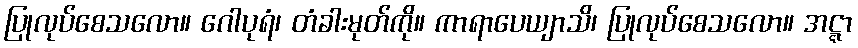
ပြုလုပ်စေသလော။ ဂေါပုရံ၊ တံခါးမုတ်ကို။ ကာရာပေယျာသိ၊ ပြုလုပ်စေသလော။ အဋ္ဋာ